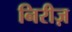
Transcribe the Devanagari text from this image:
निरीज़